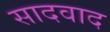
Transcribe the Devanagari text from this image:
सादवाद